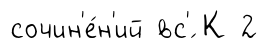
сочин'е́н'ий вс'́ К 2